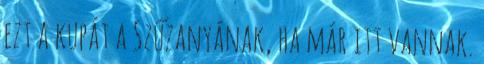
ezt a kupát a Szűzanyának, ha már itt vannak.